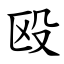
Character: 殴